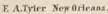
E.A.Tyler New Orleans.